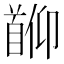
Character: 𬳖